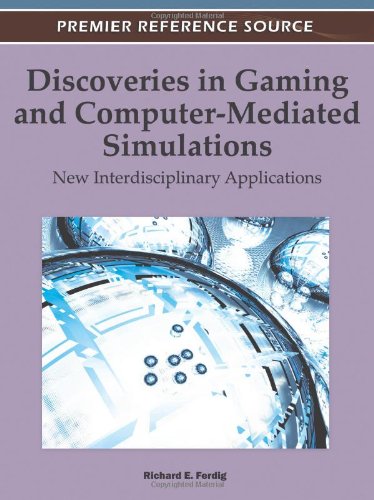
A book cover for Discoveries in Gaming and Computer-Mediated Simulations: New Interdisciplinary Applications; Richard E. Ferdig; Computers & Technology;